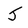
Character: J